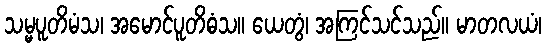
သမ္မပူတိမံသ၊ အမောင်ပူတိဓံသ။ ယေတွံ၊ အကြင်သင်သည်။ မာတလယံ၊